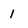
Character: 1